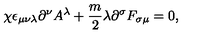
\chi \epsilon _ { \mu \nu \lambda } \partial ^ { \nu } A ^ { \lambda } + \frac { m } { 2 } \lambda \partial ^ { \sigma } F _ { \sigma \mu } = 0 ,